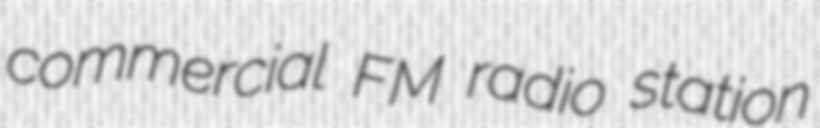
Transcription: commercial FM radio station